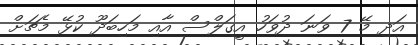
އަދި މޭ 7 ވަނަ ދުވަހު އީގަލްސް އާއި މަހިބަދޫ ކުޅޭ މެޗަށް